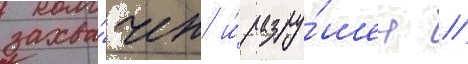
захва́чен и́ разру́шен //